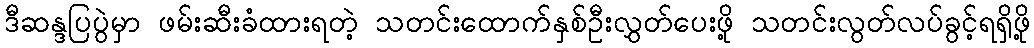
ဒီဆန္ဒပြပွဲမှာ ဖမ်းဆီးခံထားရတဲ့ သတင်းထောက်နှစ်ဦးလွှတ်ပေးဖို့ သတင်းလွတ်လပ်ခွင့်ရရှိဖို့